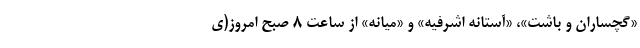
«گچساران و باشت»، «آستانه اشرفیه» و «میانه» از ساعت ۸ صبح امروز(ی